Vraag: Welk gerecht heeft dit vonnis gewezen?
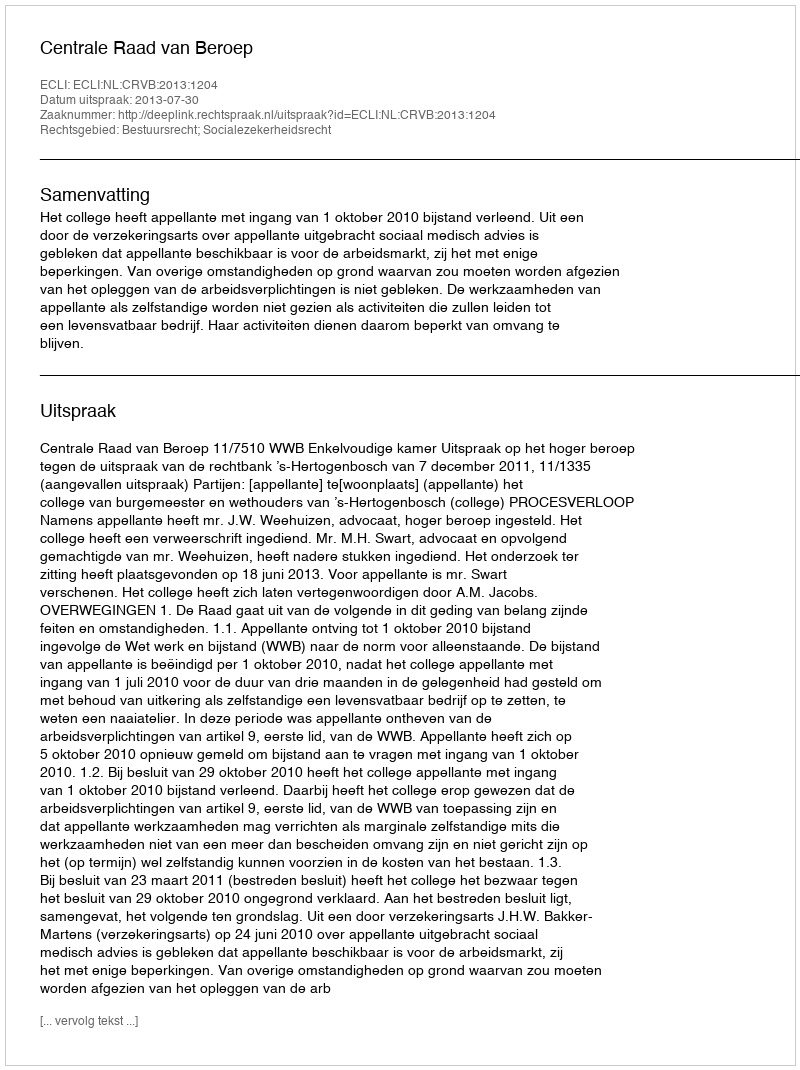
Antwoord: Centrale Raad van Beroep